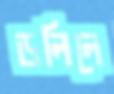
ডলিলে